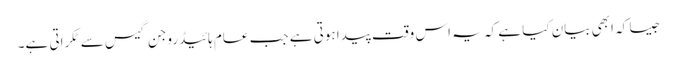
جیسا کہ ابھی بیان کیا ہے کہ یہ اس وقت پیدا ہوتی ہے جب عام ہائیڈروجن گیس سے ٹکراتی ہے۔